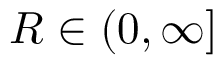
R \in ( 0 , \infty ]